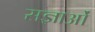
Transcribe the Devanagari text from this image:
सज्ञाओं